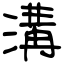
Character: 溝